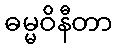
ဓမ္မဝိနီတာ